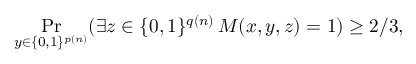
\Pr _ { y \in \{ 0 , 1 \} ^ { p ( n ) } } ( \exists z \in \{ 0 , 1 \} ^ { q ( n ) } \, M ( x , y , z ) = 1 ) \geq 2 / 3 ,